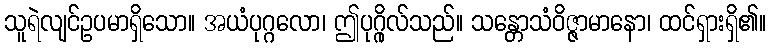
သူရဲလျင်ဥပမာရှိသော။ အယံပုဂ္ဂလော၊ ဤပုဂ္ဂိုလ်သည်။ သန္တောသံဝိဇ္ဇာမာနော၊ ထင်ရှားရှိ၏။